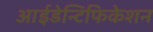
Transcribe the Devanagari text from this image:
आईडेन्टिफिकेशन